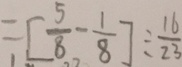
= [ \frac { 5 } { 8 } - \frac { 1 } { 8 } ] \div \frac { 1 6 } { 2 3 }